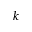
k